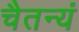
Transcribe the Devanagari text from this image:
चैतन्यं